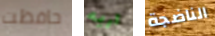
حافظت اريه الناضجة